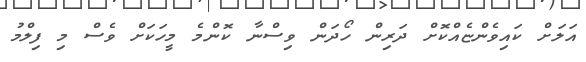
އަލަށް ކައިވެންޏެއްކޮށް ދަރިން ހޯދަން ވިސްނާ ކޮންމެ މީހަކަށް ވެސް މި ފިލްމު